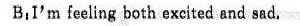
B：I'm feling both exeited and sad.